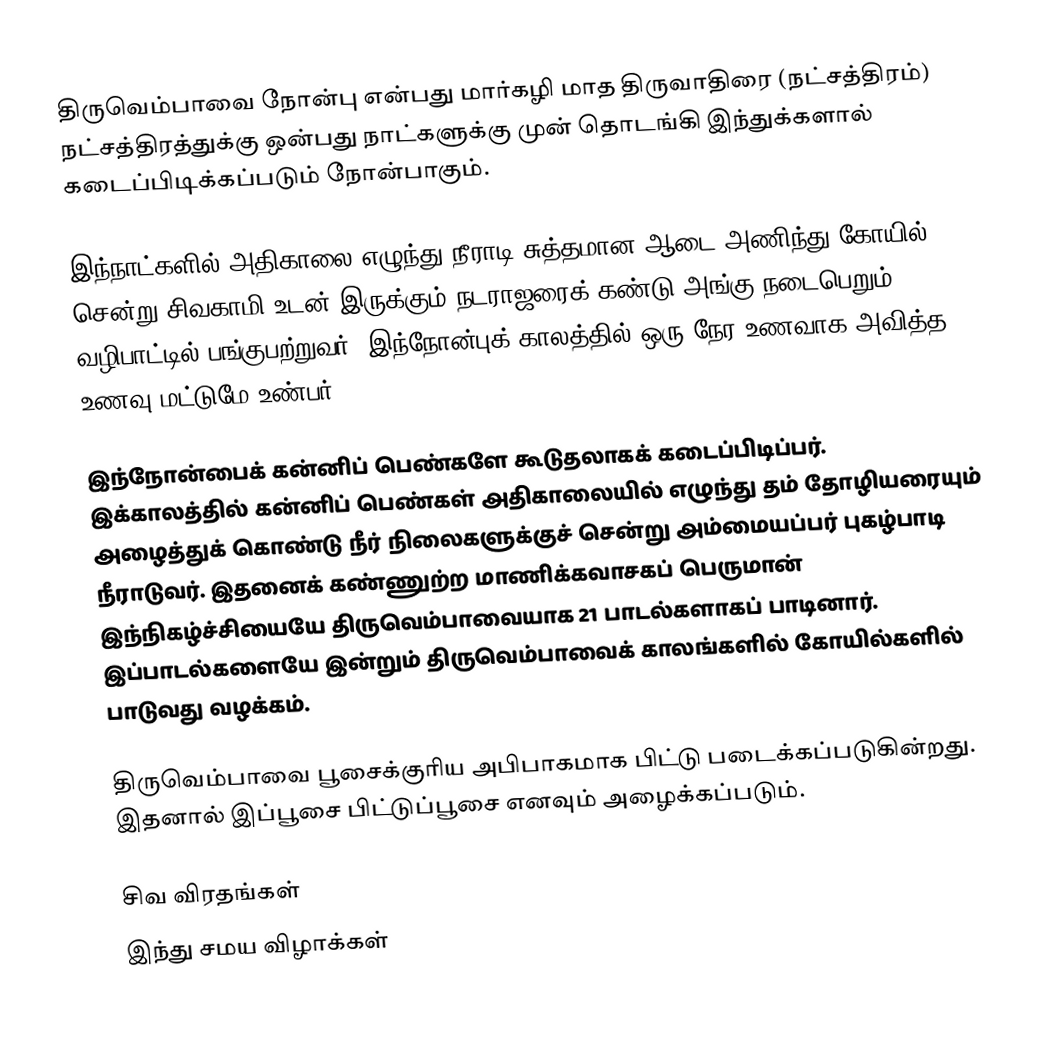
திருவெம்பாவை நோன்பு என்பது மார்கழி மாத திருவாதிரை (நட்சத்திரம்) நட்சத்திரத்துக்கு ஒன்பது நாட்களுக்கு முன் தொடங்கி இந்துக்களால் கடைப்பிடிக்கப்படும் நோன்பாகும்.

இந்நாட்களில் அதிகாலை எழுந்து நீராடி சுத்தமான ஆடை அணிந்து கோயில் சென்று சிவகாமி உடன் இருக்கும் நடராஜரைக் கண்டு அங்கு நடைபெறும் வழிபாட்டில் பங்குபற்றுவர். இந்நோன்புக் காலத்தில் ஒரு நேர உணவாக அவித்த உணவு மட்டுமே உண்பர்.

இந்நோன்பைக் கன்னிப் பெண்களே கூடுதலாகக் கடைப்பிடிப்பர். இக்காலத்தில் கன்னிப் பெண்கள் அதிகாலையில் எழுந்து தம் தோழியரையும் அழைத்துக் கொண்டு நீர் நிலைகளுக்குச் சென்று அம்மையப்பர் புகழ்பாடி நீராடுவர். இதனைக் கண்ணுற்ற மாணிக்கவாசகப் பெருமான் இந்நிகழ்ச்சியையே திருவெம்பாவையாக 21 பாடல்களாகப் பாடினார். இப்பாடல்களையே இன்றும் திருவெம்பாவைக் காலங்களில் கோயில்களில் பாடுவது வழக்கம்.

திருவெம்பாவை பூசைக்குரிய அபிபாகமாக பிட்டு படைக்கப்படுகின்றது. இதனால் இப்பூசை பிட்டுப்பூசை எனவும் அழைக்கப்படும்.

சிவ விரதங்கள்
இந்து சமய விழாக்கள்